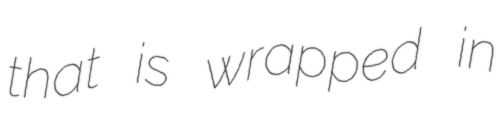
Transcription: that is wrapped in